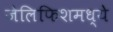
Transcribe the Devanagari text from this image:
जेलिफिशमध्ये